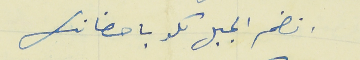
انضم الجبل كلو باحضانك